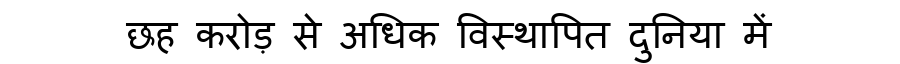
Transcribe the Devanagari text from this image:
छह करोड़ से अधिक विस्थापित दुनिया में